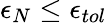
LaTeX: \epsilon_{N}\leq\epsilon_{tol}